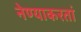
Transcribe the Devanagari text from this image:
नेण्याकरतां